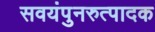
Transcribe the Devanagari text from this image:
सवयंपुनरुत्पादक